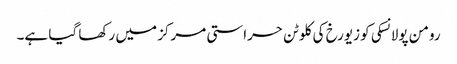
رومن پولانسکی کو زیورخ کی کلوٹن حراستی مرکز میں رکھا گیا ہے۔